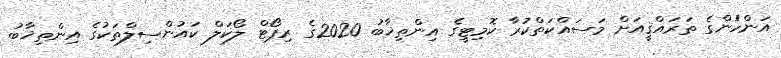
އަންހެުންގެ ތަރައްޤީއަށް މަސައްކަތްކުރާ ކޮމިޓީގެ އިންތިޚާބު 2020ގެ ރިޕޯޓް ލޯކަލް ކައުންސިލްތަކުގެ އިންތިޚާބު